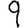
Digit: 9